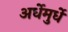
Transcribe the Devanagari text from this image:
अर्धेमुर्धे